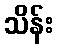
သိန်း